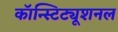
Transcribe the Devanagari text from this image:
कॉन्स्टिट्यूशनल